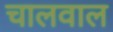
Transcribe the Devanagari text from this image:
चालवाल